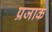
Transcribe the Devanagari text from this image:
प्रजाक